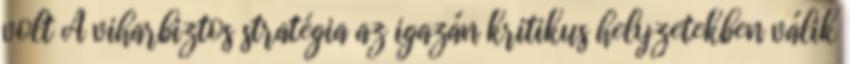
volt A viharbiztos stratégia az igazán kritikus helyzetekben válik